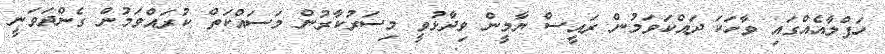
ހަފްލާއެއްގައި ވާހަކަ ދައްކަވަމުން ރައީސް ޔާމީން ވިދާޅުވީ މިސަރުކާރުން މަސައްކަތް ކުރައްވަމުން ގެންދަވަނީ